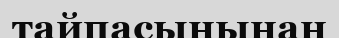
тайпасынынан